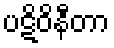
ပဋိဝိနီတာ